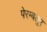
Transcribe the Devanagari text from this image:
पेरम्बलुर्